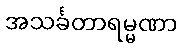
အသင်္ခတာရမ္မဏာ